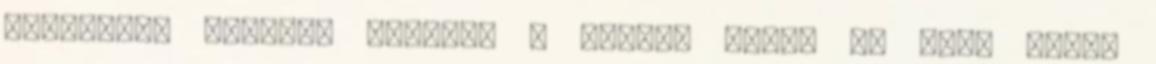
Idegenek. Harminc perccel a háború előtt Az élet napos